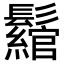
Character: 𩯪